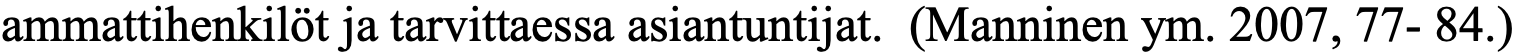
ammattihenkilöt ja tarvittaessa asiantuntijat. (Manninen ym. 2007, 77- 84.)